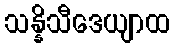
သန္နိသီဒေယျာထ